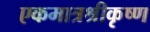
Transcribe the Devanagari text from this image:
एकमात्रश्रीकृष्ण